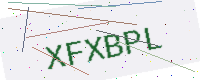
Text: XFXBPL